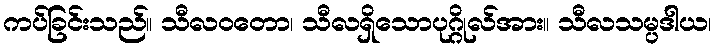
ကပ်ခြင်းသည်။ သီလဝတော၊ သီလရှိသောပုဂ္ဂိုလ်အား။ သီလသမ္ပဒါယ၊